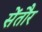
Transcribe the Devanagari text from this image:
सेंतौर